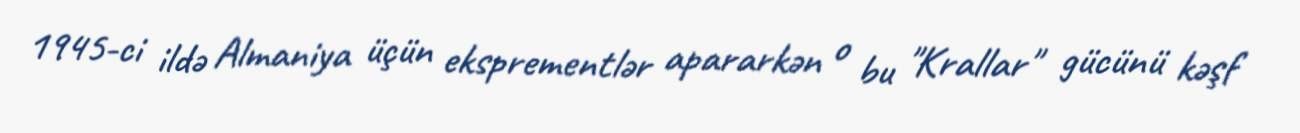
1945-ci ildə Almaniya üçün eksprementlər apararkən o bu "Krallar" gücünü kəşf